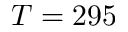
T = 2 9 5